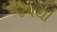
૪૫થી